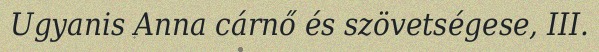
Ugyanis Anna cárnő és szövetségese, III.